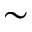
\sim